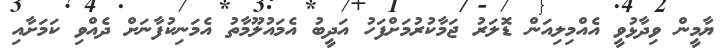
ޔާމީން ވިދާޅުވީ އެއްމިލިއަން ޑޮލަރު ޖަމާކުރުމަށްފަހު އަދީބު އެމައުލޫމާތު އެމަނިކުފާނަށް ދެއްވި ކަމަށާއި